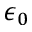
\epsilon _ { 0 }